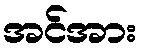
အင်အား